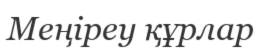
Меңіреу құрлар